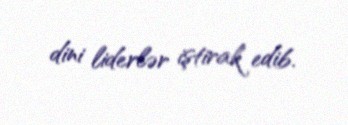
dini liderlər iştirak edib.